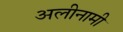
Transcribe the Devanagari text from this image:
अलीनामी